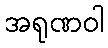
အရုဏဝါ